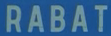
RABAT